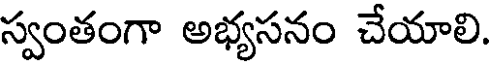
స్వంతంగా అభ్యసనం చేయాలి.